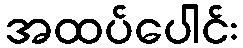
အထပ်ပေါင်း